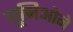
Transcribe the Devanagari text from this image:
यूनिओने